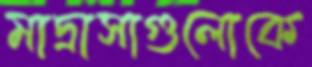
মাদ্রাসাগুলোকে